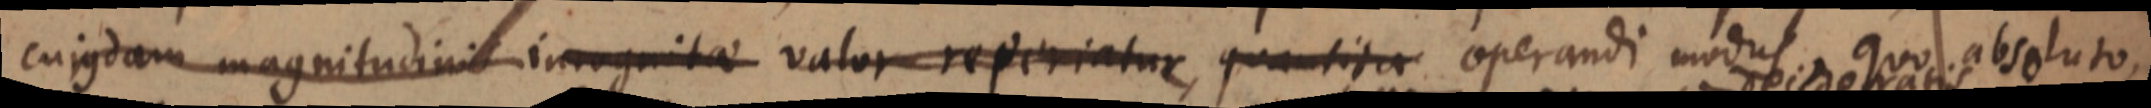
cujusdam magnitudinis incognitae valor reperiatur, quantita operandi modus, quo absoluto,